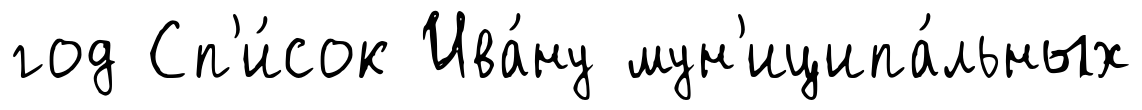
год Сп'и́сок Ива́ну мун'иципа́льных